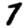
Digit: 7